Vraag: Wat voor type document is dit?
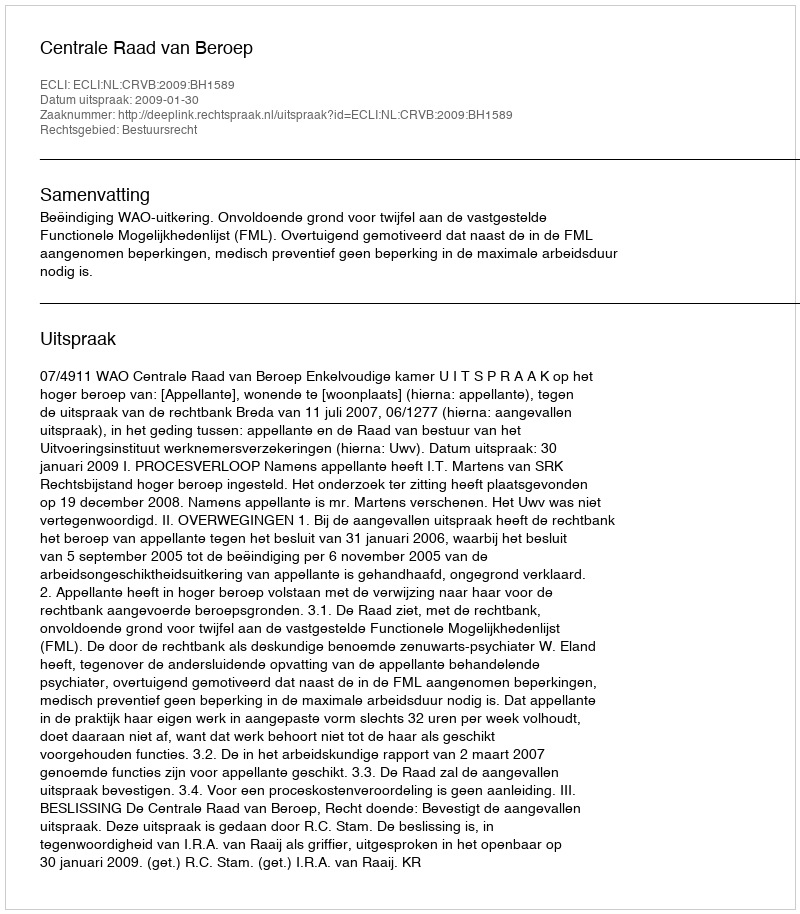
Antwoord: Uitspraak